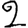
Digit: 2